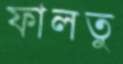
ফালতু